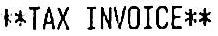
**TAX INVOICE**